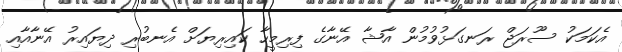
އެކަމަކު ސޫރަޖް ރަނގަޅުވުމުން އާޝާ އޭނާގެ ފިރިމީހާ ކައިރިޔަށް އެނބުރި ދިޔައިރު އޭނާއާއި